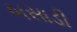
બસાડી